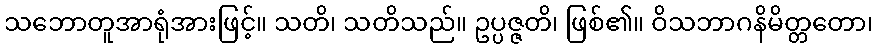
သဘောတူအာရုံအားဖြင့်။ သတိ၊ သတိသည်။ ဥပ္ပဇ္ဇတိ၊ ဖြစ်၏။ ဝိသဘာဂနိမိတ္တတော၊